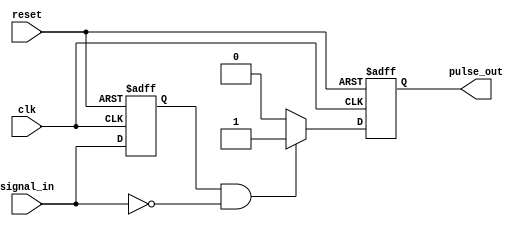
module negative_edge_detector (
    input wire clk,               // Clock signal
    input wire reset,             // Reset signal
    input wire signal_in,         // Input signal to detect negative edge
    output reg pulse_out          // Output pulse indicating negative edge
);

    // Internal registers to hold current and previous states
    reg signal_prev;

    // Always block to sample the input signal on the positive edge of the clock
    always @(posedge clk or posedge reset) begin
        if (reset) begin
            signal_prev <= 1'b0;   // Initialize previous state to 0 on reset
            pulse_out <= 1'b0;     // Initialize output pulse to 0 on reset
        end else begin
            // Edge detection logic
            if (signal_prev == 1'b1 && signal_in == 1'b0) begin
                pulse_out <= 1'b1;   // Generate pulse on negative edge
            end else begin
                pulse_out <= 1'b0;    // Clear pulse otherwise
            end
            
            // Update previous state
            signal_prev <= signal_in; 
        end
    end

endmodule